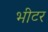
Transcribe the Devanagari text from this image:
भीटर